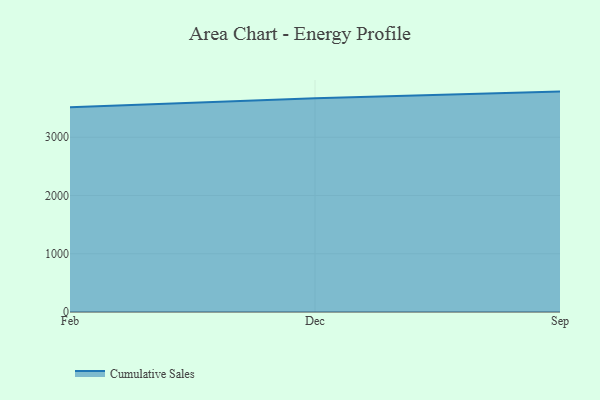
{"axis": {"x": "Month", "y": "Market Share (%)"}, "legend": ["Cumulative Sales"], "data": [{"x": "Feb", "y": 3515.5, "type": "Cumulative Sales"}, {"x": "Dec", "y": 3669.9, "type": "Cumulative Sales"}, {"x": "Sep", "y": 3783.8, "type": "Cumulative Sales"}]}